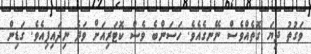
ވަގުތު ދިޔަ ގޮތެއްވެސް ނޭނގެއެވެ. ހަސަންބެ ވެސް ކޮޓަރިއަށް ވަދެ ނިދައިފިއެވެ. ގަޑިން